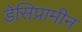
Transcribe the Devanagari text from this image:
डेसिप्रामीन